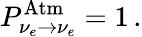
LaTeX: P_{\nu_{e}\to\nu_{e}}^{\mathrm{Atm}}=1\, .